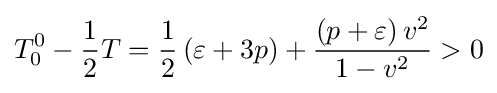
T_{0}^{0}-{\frac {1}{2}}T={\frac {1}{2}}\left(\varepsilon +3p\right)+{\frac {\left(p+\varepsilon \right)v^{2}}{1-v^{2}}}>0